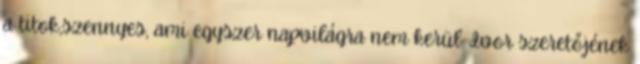
a titok,szennyes, ami egyszer napvilágra nem kerül. Ivor szeretőjének